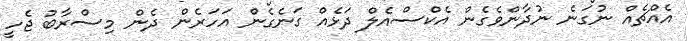
އެއްޗެއް ނުގަނެ ނުދާންވެގެން އެކްސްއެލް ދަޅެއް ގަނެގެން އަހަރެން ދެން މިސްރާބު ޖެހީ